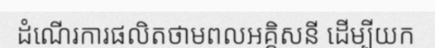
ដំណើរការផលិតថាមពលអគ្គិសនី ដើម្បីយក